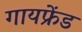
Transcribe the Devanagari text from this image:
गायफ्रेंड